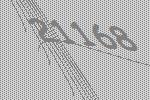
21168